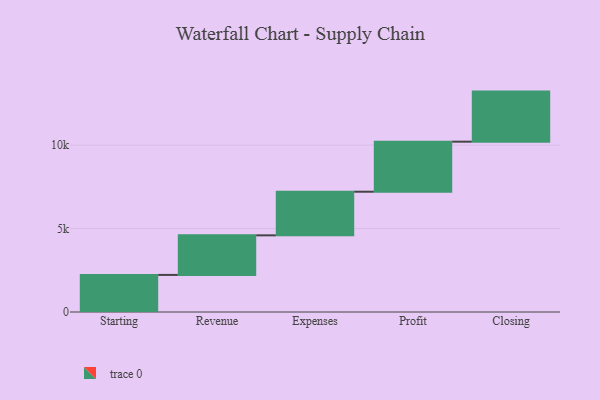
{"axis": {"x": "Step", "y": "Value"}, "legend": [""], "data": [{"x": "Starting", "y": 2222.0, "type": ""}, {"x": "Revenue", "y": 2372.0, "type": ""}, {"x": "Expenses", "y": 2614.0, "type": ""}, {"x": "Profit", "y": 3000, "type": ""}, {"x": "Closing", "y": 3000, "type": ""}]}